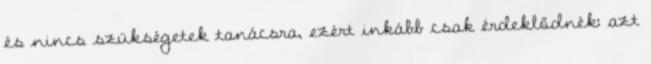
és nincs szükségetek tanácsra, ezért inkább csak érdeklődnék: azt